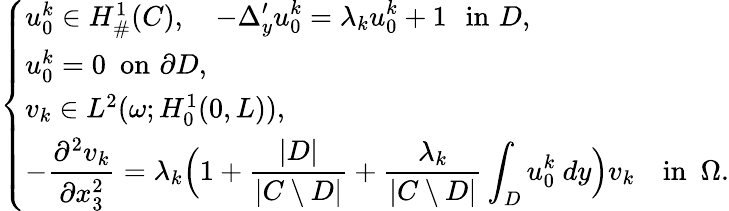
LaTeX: \left\{ \begin{array}{ll}{u_{0}^{k}\in H_{\# }^{1}(C),\quad\displaystyle-\Delta_{y}^{\prime}u_{0}^{k}=\lambda_{k}u_{0}^{k}+1\, \, \, \, \mathrm{in}\, \, D,}\\ {u_{0}^{k}=0\, \, \, \mathrm{on}\, \, \partial D,}\\ {v_{k}\in L^{2}(\omega;H_{0}^{1}(0,L)),}\\ {\displaystyle-\frac{\partial^{2}v_{k}}{\partial x_{3}^{2}}=\lambda_{k}\Bigl(1+\frac{\vert D\vert}{\vert C\setminus D\vert}+\frac{\lambda_{k}}{\vert C\setminus D\vert}\displaystyle\int_{D}u_{0}^{k}\ dy\Bigr)v_{k}\quad\mathrm{in}\, \, \, \Omega.}\end{array}\right.